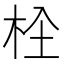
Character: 𣐍